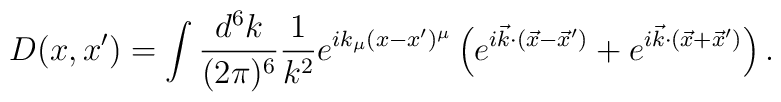
D(x,x') = \int {d^6 k \over (2\pi)^6} {1\over k^2}e^{i k_\mu (x-x')^{\mu}}\left(e^{i {\vec k}\cdot ({\vec x}-{\vec x}')} + e^{i {\vec k}\cdot({\vec x} + {\vec x}')}\right).